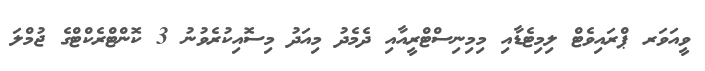
ވީއަވަރ ޕްރައިވެޓް ލިމިޓެޑާއި މިމިނިސްޓްރީއާއި ދެމެދު މިއަދު މިސޮއިކުރެވުނު 3 ކޮންޓްރެކްޓްގެ ޖުމްލަ